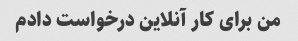
من برای کار آنلاین درخواست دادم